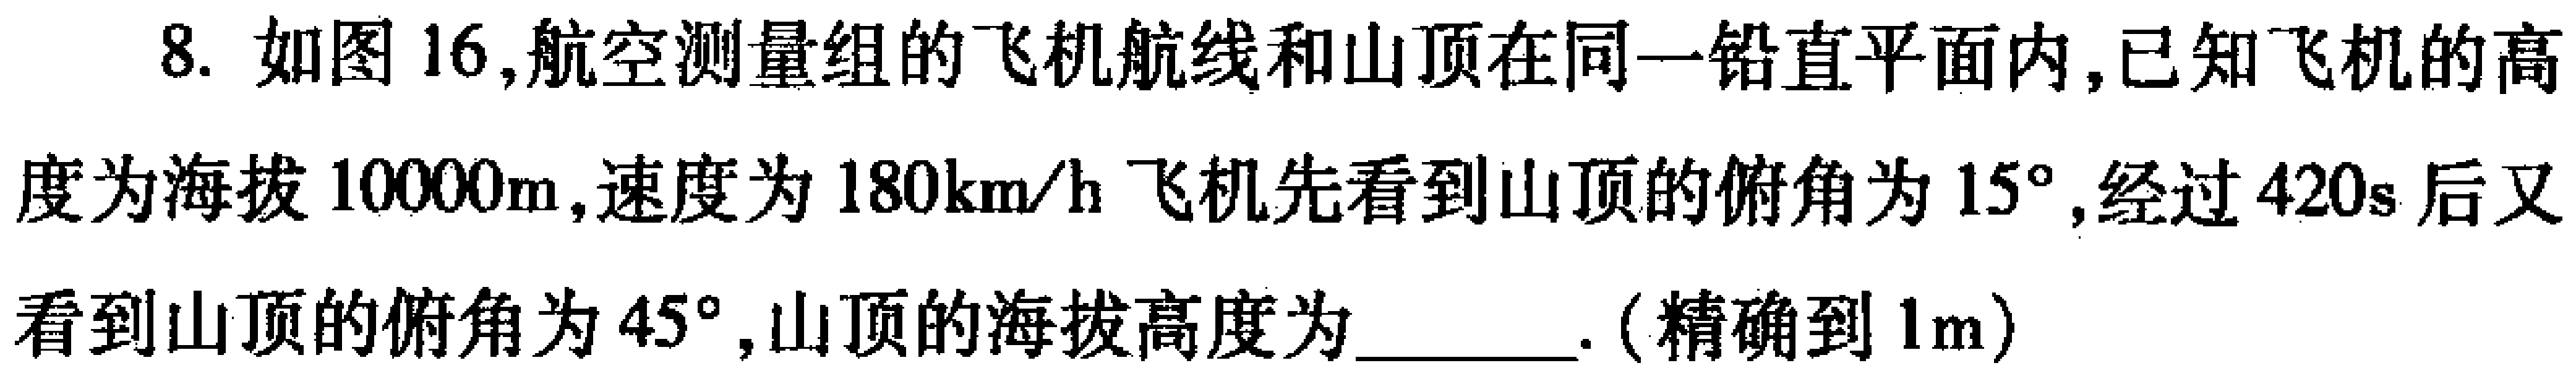
8. 如图16,航空测量组的飞机航线和山顶在同一铅直平面内,已知飞机的高
度为海拔\(10000m\),速度为\(180km/h\)飞机先看到山顶的俯角为\(15^{\circ}\),经过\(420s\)后又
看到山顶的俯角为\(45^{\circ}\),山顶的海拔高度为______.(精确到\(1m\))